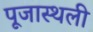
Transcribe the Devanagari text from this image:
पूजास्थली